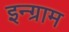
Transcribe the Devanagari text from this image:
इन्ग्राम